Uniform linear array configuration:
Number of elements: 32
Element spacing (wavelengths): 1
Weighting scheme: hann
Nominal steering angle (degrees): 15
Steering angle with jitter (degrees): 14.819
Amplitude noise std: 0.05
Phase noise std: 0.05

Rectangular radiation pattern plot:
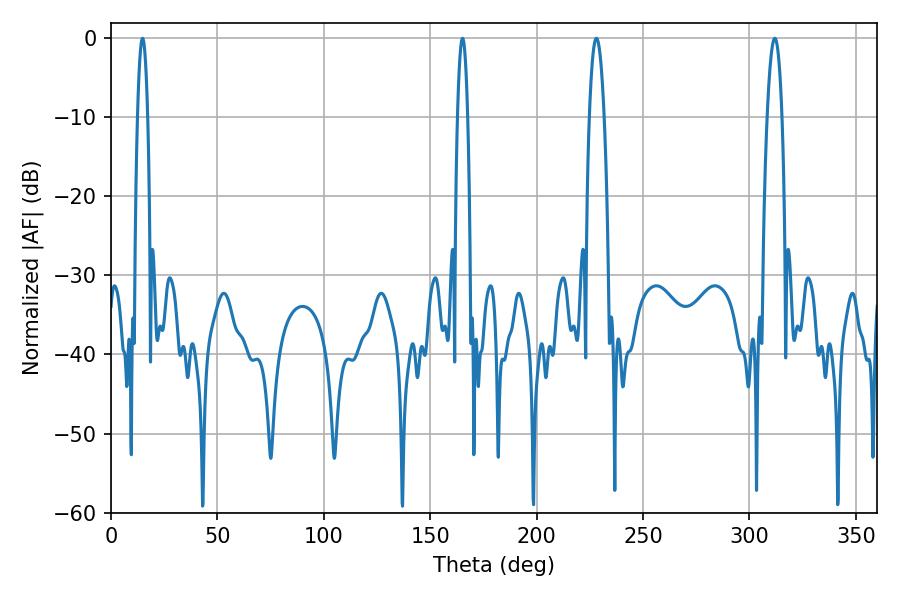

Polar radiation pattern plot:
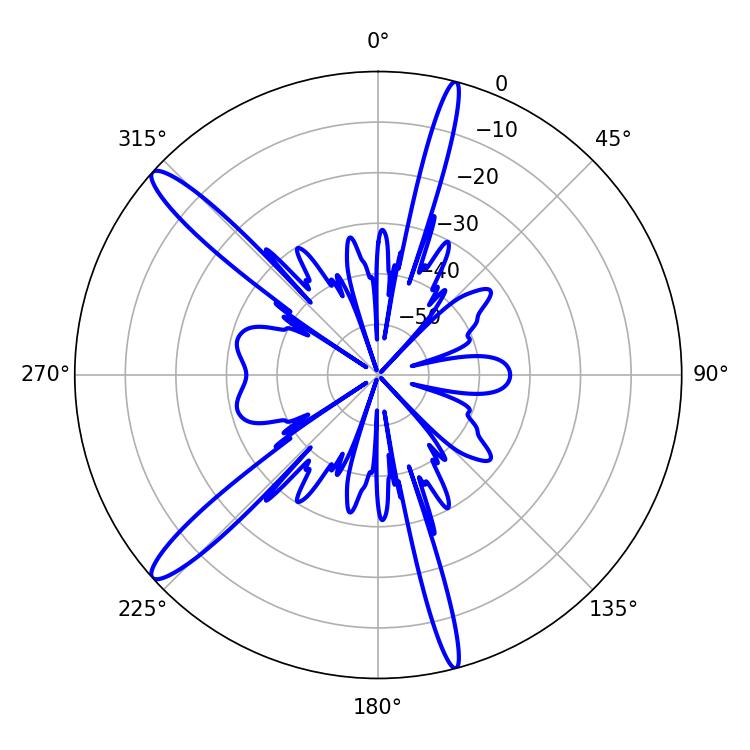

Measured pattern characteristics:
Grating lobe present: TRUE
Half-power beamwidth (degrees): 3.78
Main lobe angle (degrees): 228.06